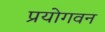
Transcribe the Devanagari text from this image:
प्रयोगवन